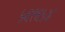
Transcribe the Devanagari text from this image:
५६१६५४